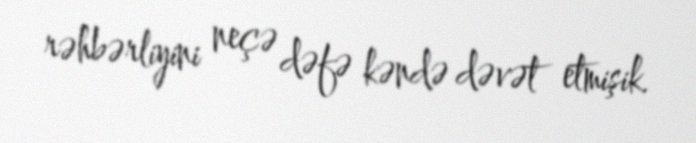
rəhbərliyini neçə dəfə kəndə dəvət etmişik.